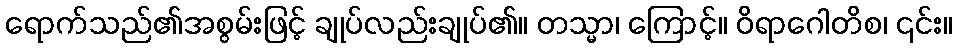
ရောက်သည်၏အစွမ်းဖြင့် ချုပ်လည်းချုပ်၏။ တသ္မာ၊ ကြောင့်။ ဝိရာဂေါတိစ၊ ၎င်း။